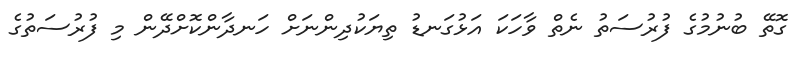
ގޮތޭ ބުނުމުގެ ފުރުސަތު ނެތް ވާހަކަ އަޅުގަނޑު ތިޔަކުދިންނަށް ހަނދާންކޮށްދޭން މި ފުރުސަތުގެ